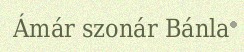
Ámár szonár Bánla